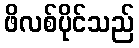
ဖိလစ်ပိုင်သည်